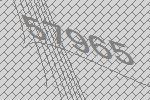
57965